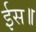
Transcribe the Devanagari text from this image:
ईस॥